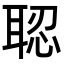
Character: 𦖆